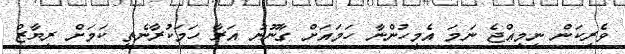
ވެރިކަން ނިމިއްޖެ ނަމަ އެމީހުންނާ ހަމައަށް ގާނޫނު އަރާ ހަމަކުރާނެތީ ކަމަށް ރިޔާޒް